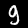
Digit: 9